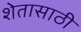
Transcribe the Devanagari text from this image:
शेतासाठी